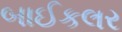
બાઈકલર